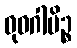
ဓုဝဂါမိဉ္စ